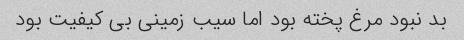
بد نبود مرغ پخته بود اما سیب زمینی بی کیفیت بود